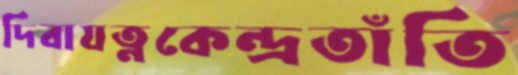
দিবাযত্নকেন্দ্রতাঁতি